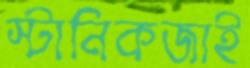
স্টানিকজাই